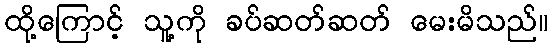
ထို့ကြောင့် သူ့ကို ခပ်ဆတ်ဆတ် မေးမိသည်။